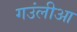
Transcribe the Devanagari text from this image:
गउंलीआ